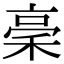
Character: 稁